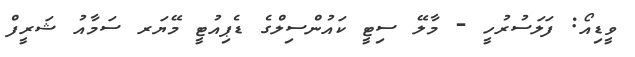
ވީޑިއޯ: ފަލަސުރުހީ - މާލޭ ސިޓީ ކައުންސިލްގެ ޑެޕިއުޓީ މޭޔަރ ސަމާއު ޝަރީފް